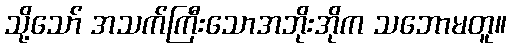
သို့သော် အသက်ကြီးသောအဘိုးအိုက သဘောမတူ။